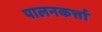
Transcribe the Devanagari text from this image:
पालनकर्त्ता